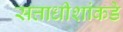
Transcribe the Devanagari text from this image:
सत्ताधीशांकडे